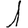
Digit: 1